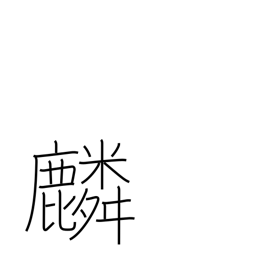
Meaning: giraffe